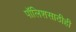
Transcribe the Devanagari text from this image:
पॉलिशसाठीही